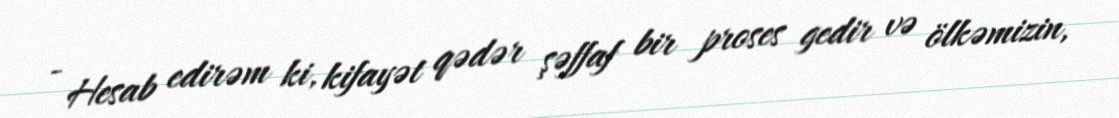
- Hesab edirəm ki, kifayət qədər şəffaf bir proses gedir və ölkəmizin,